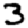
Digit: 3